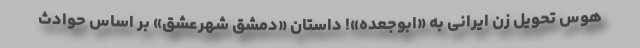
هوس تحویل زن ایرانی به «ابوجعده»! داستان «دمشق شهرعشق» بر اساس حوادث